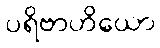
ပရိဗာဟိယော